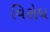
વિરોધ